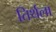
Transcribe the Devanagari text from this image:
तिर्थला